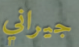
جيراني